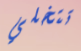
تتخلي